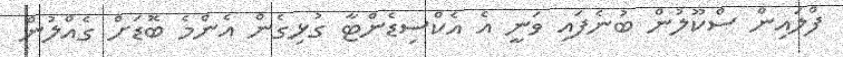
ފްލައިން ސްކޫލުން ބުނެފައި ވަނީ އެ އެކްސިޑެންޓާ ގުޅިގެން އެންމެ ބޮޑަށް ގެއްލުން